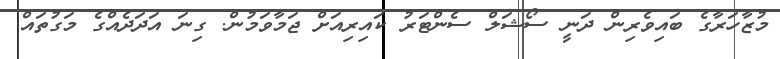
މުޒާހަރާގެ ބައިވެރިން ދަނީ ސޯޝަލް ސެންޓަރު ކައިރިއަށް ޖަމާވަމުން. ގިނަ އަދަދެއްގެ މަގުތައް